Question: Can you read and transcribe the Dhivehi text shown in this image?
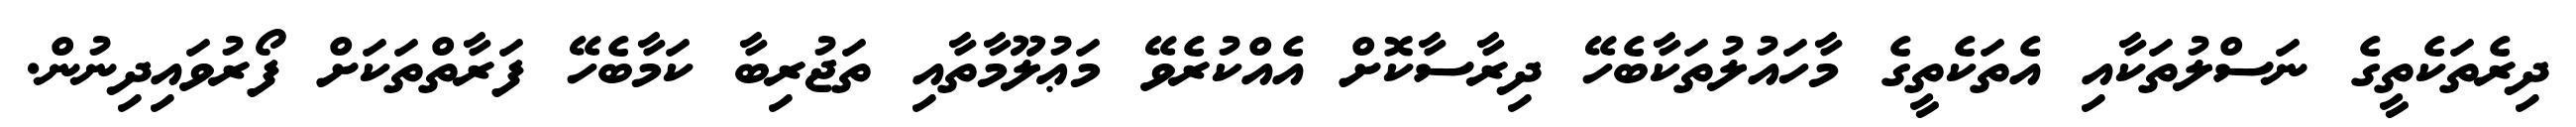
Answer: ދިރެތަކެތީގެ ނަސްލުތަކާއި އެތަކެތީގެ މާހައުލުތަކާބެހޭ ދިރާސާކޮށް އެއްކުރެވޭ މަޢުލޫމާތާއި ތަޖުރިބާ ކަމާބެހޭ ފަރާތްތަކަށް ފޯރުވައިދިނުން.